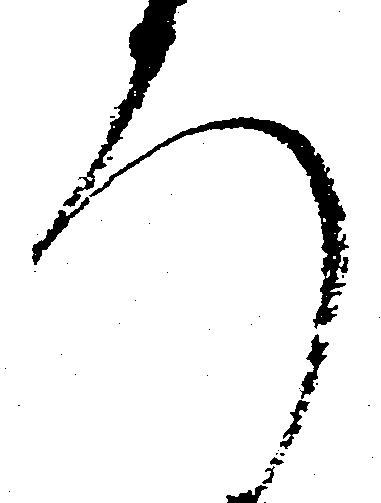
ろ